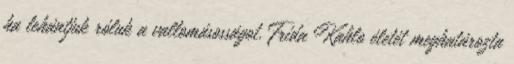
ha lehántjuk róluk a vallomásosságot. Frida Kahlo életét meghatározta